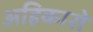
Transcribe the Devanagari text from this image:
अहिकारो